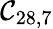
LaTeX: \mathcal{C}_{28,7}